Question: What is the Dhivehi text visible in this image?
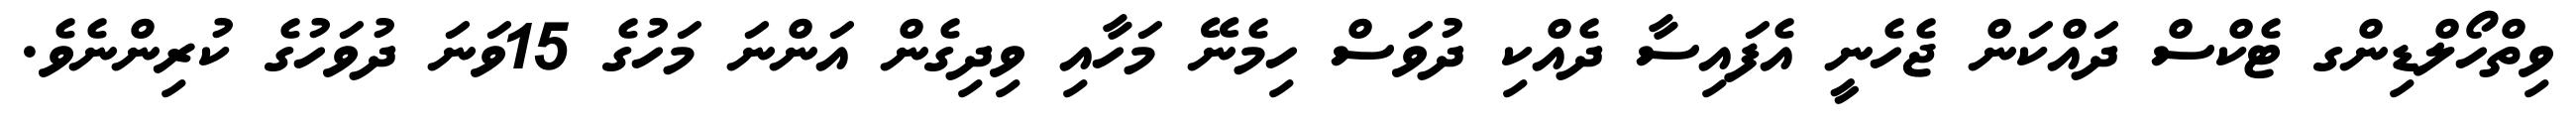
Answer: ވިތްހޯލްޑިންގ ޓެކްސް ދައްކަން ޖެހެނީ އެފައިސާ ދެއްކި ދުވަސް ހިމެނޭ މަހާއި ވިދިގެން އަންނަ މަހުގެ 15ވަނަ ދުވަހުގެ ކުރިންނެވެ.